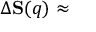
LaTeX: \Delta { \bf S } ( q ) \approx